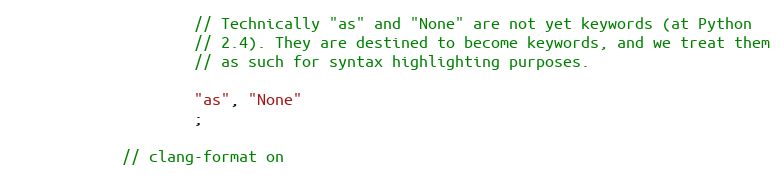
Language: C++
                    // Technically "as" and "None" are not yet keywords (at Python
                    // 2.4). They are destined to become keywords, and we treat them
                    // as such for syntax highlighting purposes.

                    "as", "None"
                    ;

            // clang-format on